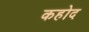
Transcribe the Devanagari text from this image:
कहोद